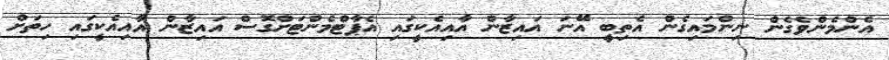
އެންމެންވެގެން ނިންމައިގެން އެތިބީ އޭނަ އައިޒާން އާއިއެކީގައި އެޕާޓްމެންޓަށްގޮސް އައިޒާން އާއިއެކީގައި ހިތަށް